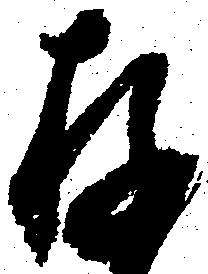
存